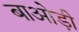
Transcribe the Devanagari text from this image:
बाओड़ी